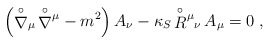
\begin{align*}\left( {\stackrel{\circ}{\nabla}}{}_{\mu} \, {\stackrel{\circ}{\nabla}}{}^{\mu}- m^2 \right) A_\nu - \kappa_S \, {\stackrel{\circ}{R}}{}^{\mu}{}_{\nu} \, A_\mu = 0 \; ,\end{align*}